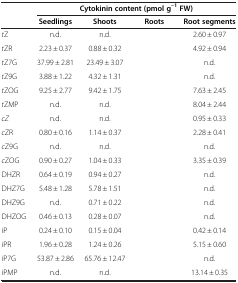
<table><thead><tr><td>[EMPTY_CELL]</td><td colspan="4"><b>Cytokinin content (pmol g<sup>–1</sup>FW)</b></td></tr><tr><td>[EMPTY_CELL]</td><td><b>Seedlings</b></td><td><b>Shoots</b></td><td><b>Roots</b></td><td><b>Root segments</b></td></tr></thead><tbody><tr><td><i>t</i>Z</td><td>n.d.</td><td>n.d.</td><td>[EMPTY_CELL]</td><td>2.60 ± 0.97</td></tr><tr><td><i>t</i>ZR</td><td>2.23 ± 0.37</td><td>0.88 ± 0.32</td><td>[EMPTY_CELL]</td><td>4.92 ± 0.94</td></tr><tr><td><i>t</i>Z7G</td><td>37.99 ± 2.81</td><td>23.49 ± 3.07</td><td>[EMPTY_CELL]</td><td>n.d.</td></tr><tr><td><i>t</i>Z9G</td><td>3.88 ± 1.22</td><td>4.32 ± 1.31</td><td>[EMPTY_CELL]</td><td>n.d.</td></tr><tr><td><i>t</i>ZOG</td><td>9.25 ± 2.77</td><td>9.42 ± 1.75</td><td>[EMPTY_CELL]</td><td>7.63 ± 2.45</td></tr><tr><td><i>t</i>ZMP</td><td>n.d.</td><td>n.d.</td><td>[EMPTY_CELL]</td><td>8.04 ± 2.44</td></tr><tr><td><i>cZ</i></td><td>n.d.</td><td>n.d.</td><td>[EMPTY_CELL]</td><td>0.95 ± 0.33</td></tr><tr><td><i>c</i>ZR</td><td>0.80 ± 0.16</td><td>1.14 ± 0.37</td><td>[EMPTY_CELL]</td><td>2.28 ± 0.41</td></tr><tr><td><i>c</i>Z9G</td><td>n.d.</td><td>n.d.</td><td>[EMPTY_CELL]</td><td>n.d.</td></tr><tr><td><i>c</i>ZOG</td><td>0.90 ± 0.27</td><td>1.04 ± 0.33</td><td>[EMPTY_CELL]</td><td>3.35 ± 0.39</td></tr><tr><td>DHZR</td><td>0.64 ± 0.19</td><td>0.94 ± 0.27</td><td>[EMPTY_CELL]</td><td>n.d.</td></tr><tr><td>DHZ7G</td><td>5.48 ± 1.28</td><td>5.78 ± 1.51</td><td>[EMPTY_CELL]</td><td>n.d.</td></tr><tr><td>DHZ9G</td><td>n.d.</td><td>0.71 ± 0.22</td><td>[EMPTY_CELL]</td><td>n.d.</td></tr><tr><td>DHZOG</td><td>0.46 ± 0.13</td><td>0.28 ± 0.07</td><td>[EMPTY_CELL]</td><td>n.d.</td></tr><tr><td>iP</td><td>0.24 ± 0.10</td><td>0.15 ± 0.04</td><td>[EMPTY_CELL]</td><td>0.42 ± 0.14</td></tr><tr><td>iPR</td><td>1.96 ± 0.28</td><td>1.24 ± 0.26</td><td>[EMPTY_CELL]</td><td>5.15 ± 0.60</td></tr><tr><td>iP7G</td><td>53.87 ± 2.86</td><td>65.76 ± 12.47</td><td>[EMPTY_CELL]</td><td>n.d.</td></tr><tr><td>iPMP</td><td>n.d.</td><td>n.d.</td><td>[EMPTY_CELL]</td><td>13.14 ± 0.35</td></tr></tbody></table>